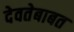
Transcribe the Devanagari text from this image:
देवतेबाबत